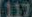
6117